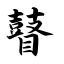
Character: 瞽